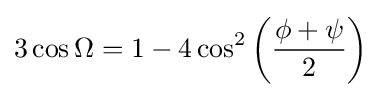
3\cos \Omega =1-4\cos ^{2}\left({\frac {\phi +\psi }{2}}\right)